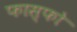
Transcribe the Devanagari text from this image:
फास्‍फो